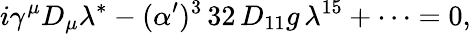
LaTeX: {i\gamma^{\mu}D_{\mu}\lambda^{*}-(\alpha^{\prime})^{3}\, 32\, D_{11}g\, \lambda^{15}+\dots=0,}